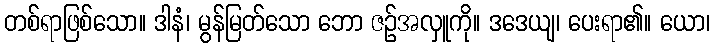
တစ်ရာဖြစ်သော။ ဒါနံ၊ မွန်မြတ်သော ဘော ဇဉ်အလှူကို။ ဒဒေယျ၊ ပေးရာ၏။ ယော၊